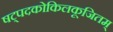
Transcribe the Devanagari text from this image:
षट्पदकोकिलकूजितम्